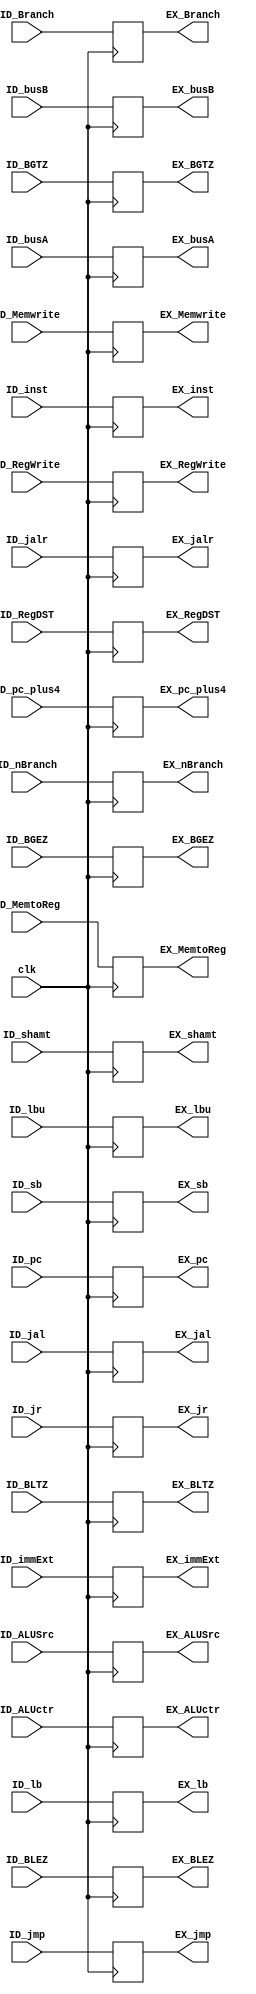
module ID_EX(
    input clk,
    //input rst,
    input [31:0] ID_pc,
    input [31:0] ID_pc_plus4,
    input [31:0] ID_inst,
    input [31:0] ID_immExt,
    input [31:0] ID_busA,
    input [31:0] ID_busB,
    input ID_RegDST,
    input ID_ALUSrc,
    input ID_MemtoReg,
    input ID_RegWrite,
    input ID_Memwrite,
    input ID_Branch,ID_nBranch,ID_BGEZ,ID_BGTZ,ID_BLEZ,ID_BLTZ,
    input ID_lb,ID_lbu,ID_sb,
    input ID_jal,ID_jmp,ID_jr,ID_jalr,
    input [4:0] ID_ALUctr,
    input [4:0] ID_shamt,

    output reg[31:0] EX_pc,
    output reg[31:0] EX_pc_plus4,
    output reg[31:0] EX_inst,
    output reg[31:0] EX_immExt,
    output reg[31:0] EX_busA,
    output reg[31:0] EX_busB,
    output reg[4:0] EX_ALUctr,
    output reg[4:0] EX_shamt,
    output reg EX_RegDST,
    output reg EX_ALUSrc,
    output reg EX_MemtoReg,
    output reg EX_RegWrite,
    output reg EX_Memwrite,
    output reg EX_Branch,EX_nBranch,EX_BGEZ,EX_BGTZ,EX_BLEZ,EX_BLTZ,
    output reg EX_lb,EX_lbu,EX_sb,
    output reg EX_jal,EX_jmp,EX_jr,EX_jalr

);

initial begin
    EX_RegDST=0;
    EX_ALUSrc=0;
    EX_MemtoReg=0;
    EX_RegWrite=0;
    EX_Memwrite=0;
    EX_Branch=0;EX_nBranch=0;
    EX_BGEZ=0;EX_BGTZ=0;EX_BLEZ=0;EX_BLTZ=0;
    EX_lb=0;EX_lbu=0;EX_sb=0;EX_jr=0;EX_jalr=0;
    EX_jal=0;EX_jmp=0;
    EX_immExt=32'b0;
    EX_inst=32'b0;
    EX_pc=32'b0;
    EX_pc_plus4=32'b0;
    EX_ALUctr=5'b0;
    EX_busA=32'b0;
    EX_busB=32'b0;
    EX_shamt=5'b0;
end

always@(posedge clk)begin
    EX_pc<=ID_pc;
    EX_pc_plus4<=ID_pc_plus4;
    EX_inst<=ID_inst;
    EX_immExt<=ID_immExt;
    EX_busA<=ID_busA;
    EX_busB<=ID_busB;

    EX_RegDST<=ID_RegDST;
    EX_ALUSrc<=ID_ALUSrc;
    EX_MemtoReg<=ID_MemtoReg;
    EX_RegWrite<=ID_RegWrite;
    EX_Memwrite<=ID_Memwrite;
    EX_Branch<=ID_Branch;EX_nBranch<=ID_nBranch;
    EX_BGEZ<=ID_BGEZ;EX_BGTZ<=ID_BGTZ;EX_BLEZ<=ID_BLEZ;EX_BLTZ<=ID_BLTZ;
    EX_lb<=ID_lb;EX_lbu<=ID_lbu;EX_sb<=ID_sb;
    EX_jal<=ID_jal;EX_jmp<=ID_jmp;EX_jr<=ID_jr;EX_jalr<=ID_jalr;
    EX_ALUctr<=ID_ALUctr;
    EX_shamt<=ID_shamt;

end

endmodule